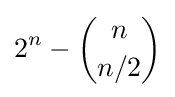
2^{n}-{\binom {n}{n/2}}